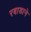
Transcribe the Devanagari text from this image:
रबाडाने